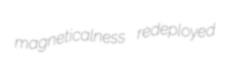
magneticalness redeployed